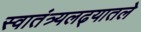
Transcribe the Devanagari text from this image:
स्वातंत्र्यलढ्यातले